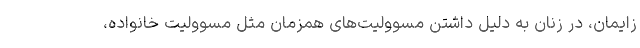
زایمان، در زنان به دلیل داشتن ِمسوولیت‌های همزمان مثل مسوولیت خانواده،